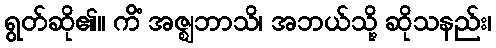
ရွတ်ဆို၏။ ကိံ အဇ္ဈဘာသိ၊ အဘယ်သို့ ဆိုသနည်း၊